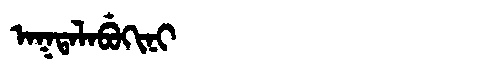
Manchu: ᠠᡴᡨᠠᠯᠠᠪᡠᡴᡳᠨᡳ
Romanization: AKTALABUKINI